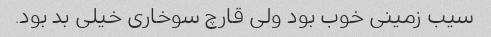
سیب زمینی خوب بود ولی قارچ سوخاری خیلی بد بود.